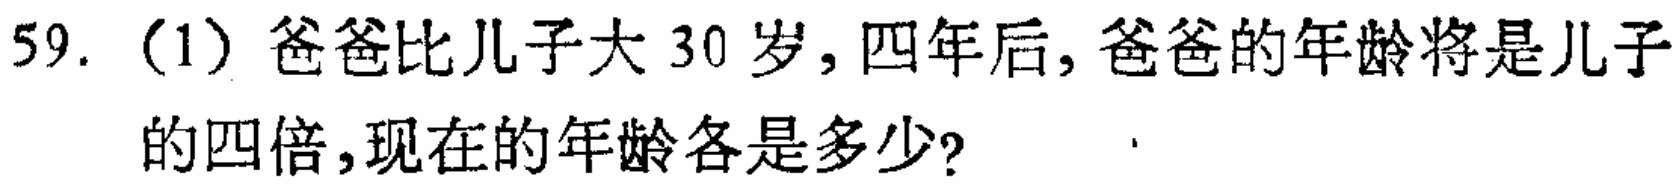
59. (1) 爸爸比儿子大 30 岁，四年后，爸爸的年龄将是儿子的四倍，现在的年龄各是多少？